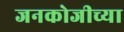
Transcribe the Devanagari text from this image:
जनकोजीच्या